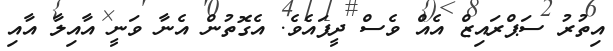
އިތުރު ސަޕްރައިޒް އެއް ވެސް ދީފައެވެ. އެގޮތުން އެނާ ވަނީ އާއިލާ އާއި